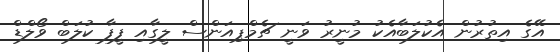
އޭގެ އިތުރުން އެކުލަބާއެކު މުނީރު ވަނީ ޗެމްޕިއަންސް ލީގާއި ފީފާ ކުލަބް ވޯލްޑް